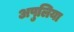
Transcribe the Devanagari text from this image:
अपुलिया